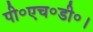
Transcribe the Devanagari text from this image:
पी॰एच॰डी॰।